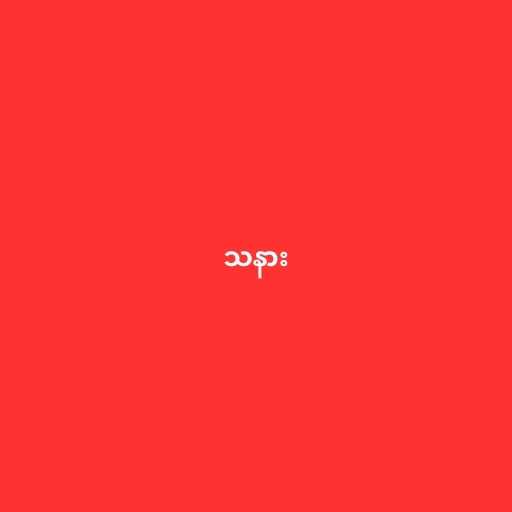
သနား